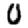
Digit: 0